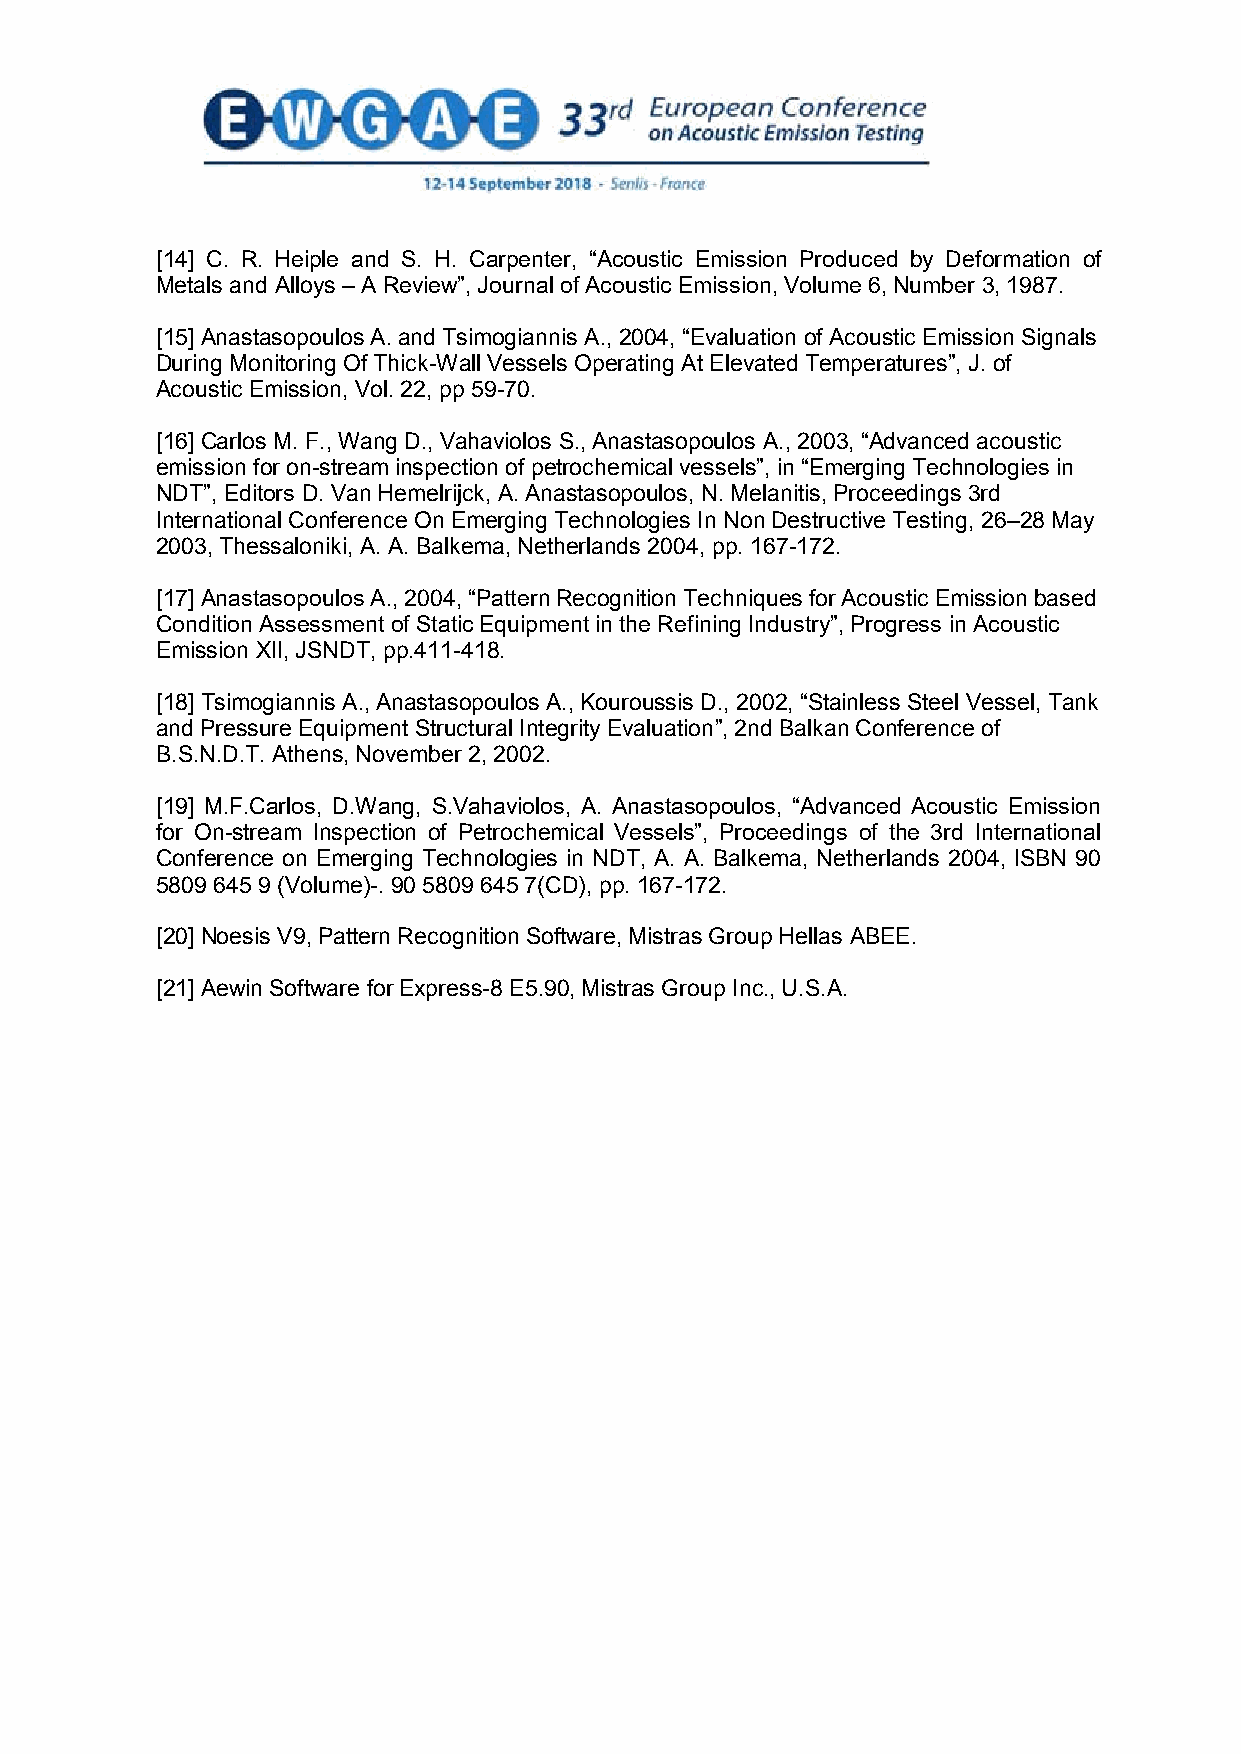
[14] C. R. Heiple and S. H. Carpenter, “Acoustic Emission Produced by Deformation of
 Metals and Alloys – A Review”, Journal of Acoustic Emission, Volume 6, Number 3, 1987.
 [15] Anastasopoulos A. and Tsimogiannis A., 2004, “Evaluation of Acoustic Emission Signals
 During Monitoring Of Thick-Wall Vessels Operating At Elevated Temperatures”, J. of
 Acoustic Emission, Vol. 22, pp 59-70.
 [16] Carlos M. F., Wang D., Vahaviolos S., Anastasopoulos A., 2003, “Advanced acoustic
 emission for on-stream inspection of petrochemical vessels”, in “Emerging Technologies in
 NDT”, Editors D. Van Hemelrijck, A. Anastasopoulos, N. Melanitis, Proceedings 3rd
 International Conference On Emerging Technologies In Non Destructive Testing, 26–28 May
 2003, Thessaloniki, A. A. Balkema, Netherlands 2004, pp. 167-172.
 [17] Anastasopoulos A., 2004, “Pattern Recognition Techniques for Acoustic Emission based
 Condition Assessment of Static Equipment in the Refining Industry”, Progress in Acoustic
 Emission XII, JSNDT, pp.411-418.
 [18] Tsimogiannis A., Anastasopoulos A., Kouroussis D., 2002, “Stainless Steel Vessel, Tank
 and Pressure Equipment Structural Integrity Evaluation”, 2nd Balkan Conference of
 B.S.N.D.T. Athens, November 2, 2002.
 [19] M.F.Carlos, D.Wang, S.Vahaviolos, A. Anastasopoulos, “Advanced Acoustic Emission
 for On-stream Inspection of Petrochemical Vessels”, Proceedings of the 3rd International
 Conference on Emerging Technologies in NDT, A. A. Balkema, Netherlands 2004, ISBN 90
 5809 645 9 (Volume)-. 90 5809 645 7(CD), pp. 167-172.
 [20] Noesis V9, Pattern Recognition Software, Mistras Group Hellas ABEE.
 [21] Aewin Software for Express-8 E5.90, Mistras Group Inc., U.S.A.
 9